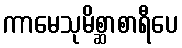
ကာမေသုမိစ္ဆာစာရီပေ